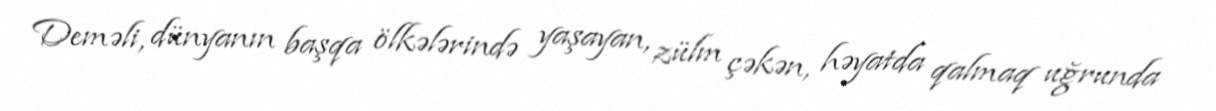
Deməli, dünyanın başqa ölkələrində yaşayan, zülm çəkən, həyatda qalmaq uğrunda